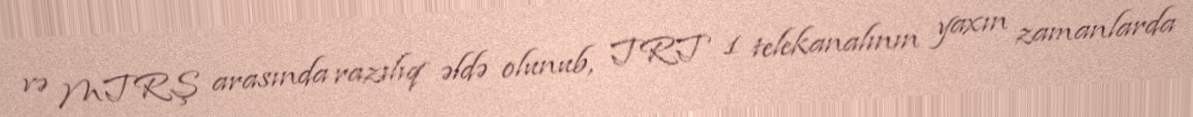
və MTRŞ arasında razılıq əldə olunub, TRT 1 telekanalının yaxın zamanlarda